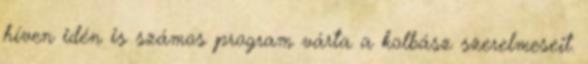
híven idén is számos program várta a kolbász szerelmeseit.